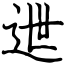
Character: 迣